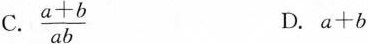
C. $$\frac { a + b } { a b }$$ D.$$a + b$$